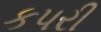
કપરી